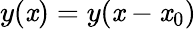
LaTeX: y(\mathit{x})=y(\mathit{x}-\mathit{x}_{0})